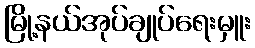
မြို့နယ်အုပ်ချုပ်ရေးမှူး